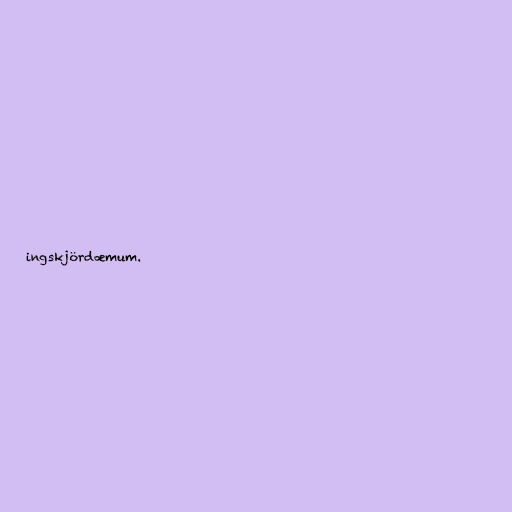
ingskjördæmum.